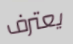
يعترف